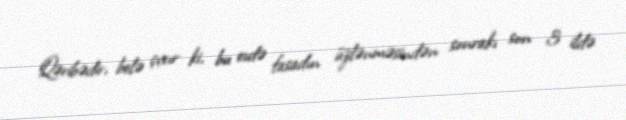
Qəribədir, belə çıxır ki, bu evdə fasadın üzlənməsindən sonrakı son 3 ildə